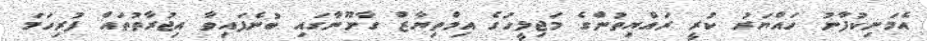
އެމަނިކުފާނު ހައްޔަރު ކުރީ ރައްޔިތުންގެ މަޖިލީހުގެ އިމްތިޔާޒް ގާނޫނާގައި ބުނެފައިވާ އިޖުރާތުތައް ފުރިހަމަ